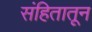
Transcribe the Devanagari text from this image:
संहितातून